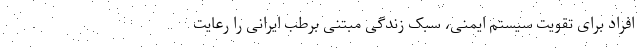
افراد برای تقویت سیستم ایمنی، سبک زندگی مبتنی برطب ایرانی را رعایت